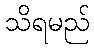
သိရမည်